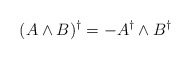
\begin{align*}( A \wedge B )^\dagger = - A^\dagger \wedge B^\dagger\end{align*}